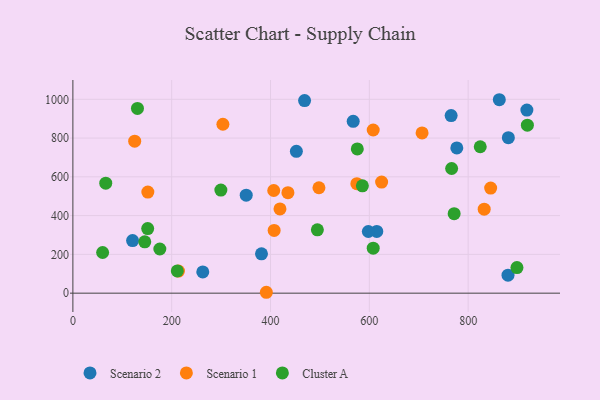
{"axis": {"x": "Speed", "y": "Salary"}, "legend": ["Cluster A", "Scenario 1", "Scenario 2"], "data": [{"x": "880.6", "y": 92.6, "type": "Scenario 2"}, {"x": "765.5", "y": 915.9, "type": "Scenario 2"}, {"x": "615.0", "y": 318.3, "type": "Scenario 2"}, {"x": "597.9", "y": 318.0, "type": "Scenario 2"}, {"x": "881.3", "y": 802.2, "type": "Scenario 2"}, {"x": "120.8", "y": 271.3, "type": "Scenario 2"}, {"x": "468.9", "y": 993.5, "type": "Scenario 2"}, {"x": "918.8", "y": 944.5, "type": "Scenario 2"}, {"x": "262.9", "y": 109.5, "type": "Scenario 2"}, {"x": "777.0", "y": 749.2, "type": "Scenario 2"}, {"x": "350.8", "y": 505.2, "type": "Scenario 2"}, {"x": "381.7", "y": 202.8, "type": "Scenario 2"}, {"x": "863.0", "y": 997.8, "type": "Scenario 2"}, {"x": "452.3", "y": 731.4, "type": "Scenario 2"}, {"x": "567.3", "y": 886.4, "type": "Scenario 2"}, {"x": "624.8", "y": 572.8, "type": "Scenario 1"}, {"x": "213.7", "y": 113.7, "type": "Scenario 1"}, {"x": "151.7", "y": 521.2, "type": "Scenario 1"}, {"x": "125.1", "y": 784.2, "type": "Scenario 1"}, {"x": "419.1", "y": 434.6, "type": "Scenario 1"}, {"x": "407.3", "y": 323.5, "type": "Scenario 1"}, {"x": "832.4", "y": 433.0, "type": "Scenario 1"}, {"x": "391.5", "y": 4.6, "type": "Scenario 1"}, {"x": "574.7", "y": 564.6, "type": "Scenario 1"}, {"x": "706.7", "y": 826.6, "type": "Scenario 1"}, {"x": "607.8", "y": 841.6, "type": "Scenario 1"}, {"x": "435.2", "y": 518.5, "type": "Scenario 1"}, {"x": "845.5", "y": 542.2, "type": "Scenario 1"}, {"x": "406.5", "y": 529.6, "type": "Scenario 1"}, {"x": "303.6", "y": 871.4, "type": "Scenario 1"}, {"x": "498.0", "y": 543.8, "type": "Scenario 1"}, {"x": "824.4", "y": 755.3, "type": "Cluster A"}, {"x": "176.0", "y": 227.8, "type": "Cluster A"}, {"x": "607.8", "y": 231.9, "type": "Cluster A"}, {"x": "494.8", "y": 326.6, "type": "Cluster A"}, {"x": "575.6", "y": 744.2, "type": "Cluster A"}, {"x": "766.5", "y": 643.1, "type": "Cluster A"}, {"x": "130.7", "y": 953.1, "type": "Cluster A"}, {"x": "145.5", "y": 264.8, "type": "Cluster A"}, {"x": "60.2", "y": 209.8, "type": "Cluster A"}, {"x": "151.4", "y": 333.0, "type": "Cluster A"}, {"x": "919.8", "y": 866.7, "type": "Cluster A"}, {"x": "771.6", "y": 410.1, "type": "Cluster A"}, {"x": "66.5", "y": 567.3, "type": "Cluster A"}, {"x": "585.9", "y": 553.5, "type": "Cluster A"}, {"x": "211.3", "y": 114.5, "type": "Cluster A"}, {"x": "299.5", "y": 531.9, "type": "Cluster A"}, {"x": "898.7", "y": 132.0, "type": "Cluster A"}]}